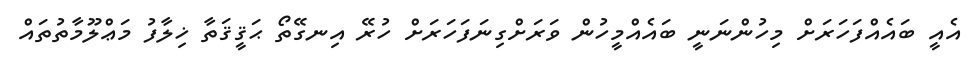
އެއީ ބައެއްފަހަރަށް މިހުންނަނީ ބައެއްމީހުން ވަރަށްގިނަފަހަރަށް ހުރޭ އިނގޭތޯ ޙަޤީޤަތާ ޚިލާފު މަޢްލޫމާތުތައް